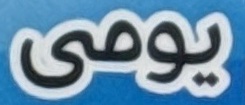
يومى